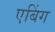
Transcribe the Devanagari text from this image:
एबिंग